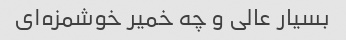
بسیار عالی و چه خمیر خوشمزه‌ای